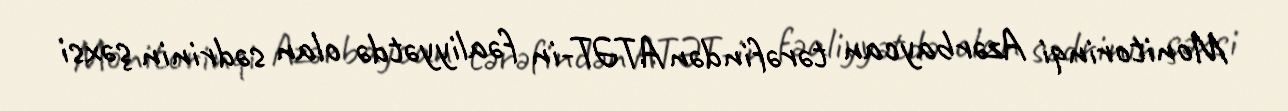
Monitorinqi Azərbaycan tərəfindən ATƏT-in fəaliyyətdə olan sədrinin şəxsi